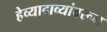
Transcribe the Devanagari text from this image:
हेव्यादाव्यांवरून